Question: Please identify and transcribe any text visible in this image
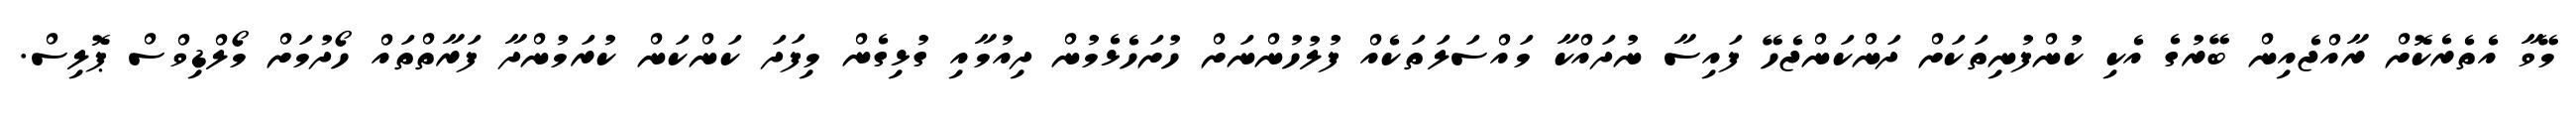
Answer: މޭވާ އެތެރެކޮށް ރާއްޖެއިން ބޭރުގެ އެކި ކުންފުނިތަކަށް ދަންކަންޖެހޭ ފައިސާ ނުދައްކާ މައްސަލަތަކެއް ފުލުހުންނަށް ހުށަހެޅެމުން ދިއުމާއި ގުޅިގެން މިފަދަ ކަންކަން ކުރަމުންދާ ފަރާތްތައް ހޯދުމަށް މޯލްޑިވްސް ޕޮލިސް.